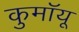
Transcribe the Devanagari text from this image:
कुमॉयू